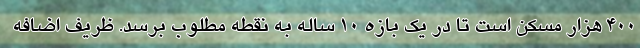
۴۰۰ هزار مسکن است تا در یک بازه ۱۰ ساله به نقطه مطلوب برسد. ظریف اضافه